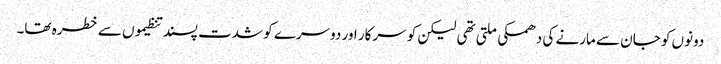
دونوں کو جان سے مارنے کی دھمکی ملتی تھی لیکن کو سرکار اور دوسرے کو شدت پسند تنظیموں سے خطرہ تھا۔